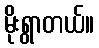
မိုးရွာတယ်။